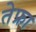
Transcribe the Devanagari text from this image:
तेफ्रा